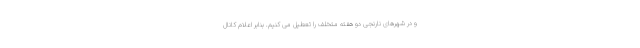
و در شهرهای نارنجی دو هفته متخلف را تعطیل می کنیم. بنابر اعلام کانال